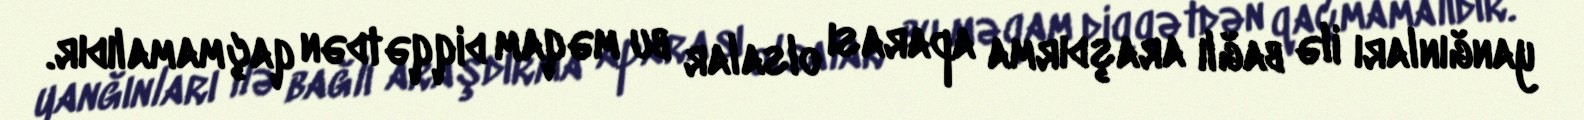
yanğınları ilə bağlı araşdırma aparası olsalar bu məqam diqqətdən qaçmamalıdır.